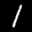
Label: 1